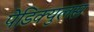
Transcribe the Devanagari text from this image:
पेडिक्युलस